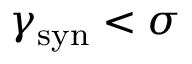
\gamma _ { \mathrm { s y n } } < \sigma